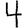
Digit: 4